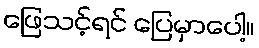
ဖြေသင့်ရင် ပြေမှာပေါ့။